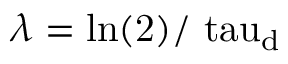
\lambda = \mathrm { { l n } ( 2 ) / \ t a u _ { \mathrm { d } } }